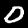
Digit: 0